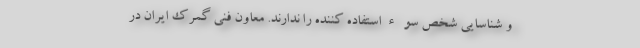
و شناسایی شخص سوءاستفاده کننده را ندارند. معاون فنی گمرک ایران در